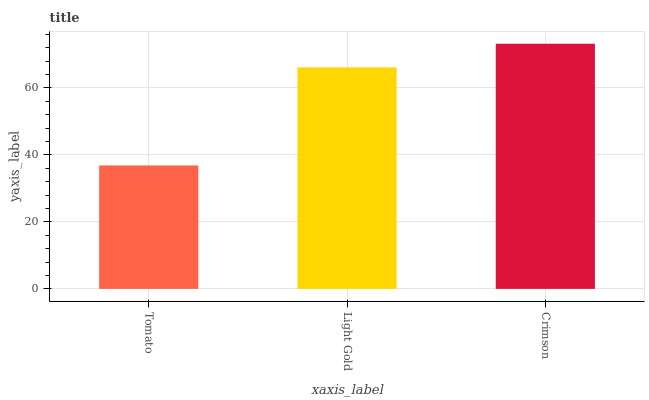
| xaxis_label | bars |
 | --- | --- |
 | Tomato | 36.9 |
 | Light Gold | 66.1 |
 | Crimson | 73.2 |